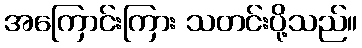
အကြောင်းကြား သတင်းပို့သည်။